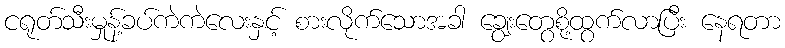
ငရုတ်သီးမှုန့်ခပ်ကဲကဲလေးနှင့် စားလိုက်သောအခါ ချွေးတွေစို့ထွက်လာပြီး နေရတာ